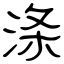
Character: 涤